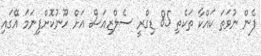
ފެން ނުވަތަ ކައްކާ ތަކެތި 85 ޑިގްރީ ސެލްޒިއަސް އަށް ހޫނުކޮށްފިނަމަ އޭގައި